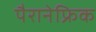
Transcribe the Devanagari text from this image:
पैरानेफ्रिक